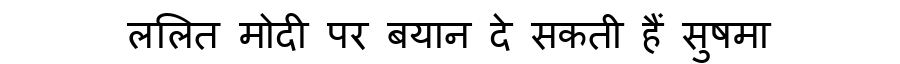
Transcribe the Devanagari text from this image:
ललित मोदी पर बयान दे सकती हैं सुषमा